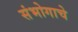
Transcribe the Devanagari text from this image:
संभोगाचे